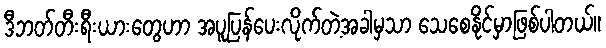
ဒီဘတ်တီးရီးယားတွေဟာ အပူပြန်ပေးလိုက်တဲ့အခါမှသာ သေစေနိုင်မှာဖြစ်ပါတယ်။